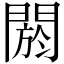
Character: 閼